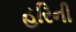
હરિની